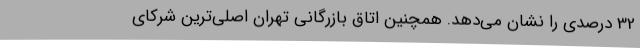
32 درصدی را نشان می‌دهد. همچنین اتاق بازرگانی تهران اصلی‌ترین شرکای